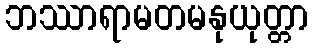
ဘဿာရာမတမနုယုတ္တာ